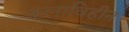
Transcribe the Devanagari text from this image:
कलाविहीन